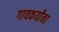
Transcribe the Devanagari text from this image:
गावकर्यांना